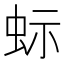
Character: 𮶼